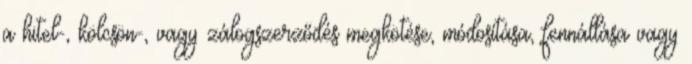
a hitel-, kölcsön-, vagy zálogszerződés megkötése, módosítása, fennállása vagy